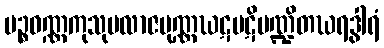
ပဉ္စဝဏ္ဏကုသုမလာဇပုဏ္ဏဃဋပဋိမဏ္ဍိတဃရဒွါရံ